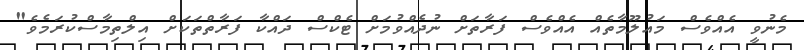
މެނުވީ އެއްވެސް މައުލޫމާތެއް އެއްވެސް ފަރާތަށް ނުދެއްވުމަށް ޓެކްސް ދައްކާ ފަރާތްތަަަކަށް އިލްތިމާސްކުރަމެވެ"